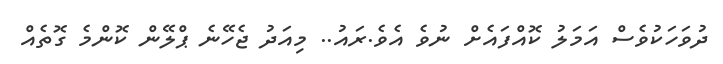
ދުވަހަކުވެސް އަމަލު ކޮއްފައެށް ނުވެެ އެވެ.ރައު.. މިއަދު ޖެހޭނެ ޕްލޭން ކޮންމެ ގޮތެއް